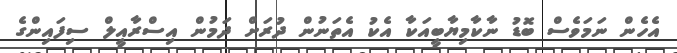
އެހެން ނަމަވެސް ބޮޑު ނާކާމިޔާބީއަކާ އެކު އެތަނުން ދުރަށް ދަމުން އިސްރާއީލް ސިފައިންގެ